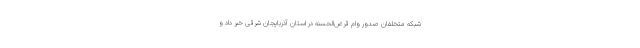
شبکه متخلفان صدور وام قرض‌الحسنه در استان آذربایجان شرقی خبر داد و